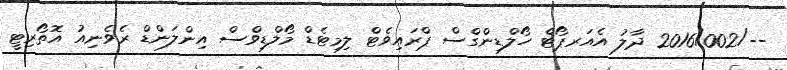
--/2016/002 ދާލު އެއަރޕޯޓް ހޯލްޑިންގްސް ޕްރައިވެޓް ލިމިޓެޑް މޯލްޑިވްސް އިންލަންޑް ރެވެނިއު އޮތޯރިޓީ